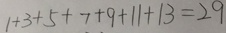
1 + 3 + 5 + 7 + 9 + 1 1 + 1 3 = 2 9